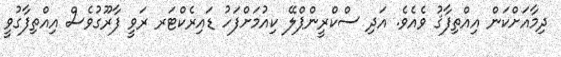
ދިމާއަށްކަން އިއްތިފާޤު ވެއެވެ. އަދި ސްކްރީންޕްލޭ ކިއުމަށްފަހު ޑައިރެކްޓަރ ރަވީ ފާރޫގުވެސް އިއްތިފާގުވީ